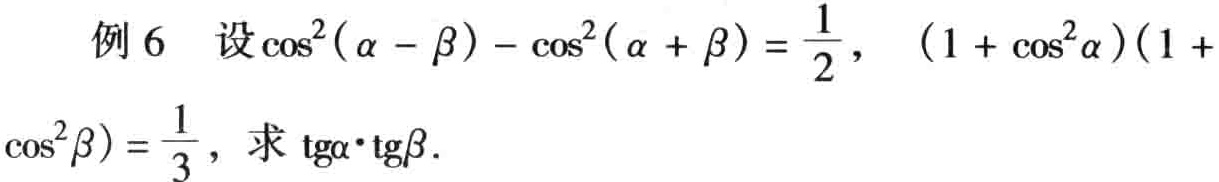
例6 设\(\cos^{2}(\alpha - \beta)-\cos^{2}(\alpha + \beta)=\frac{1}{2}\)，\((1 + \cos^{2}\alpha)(1 + \cos^{2}\beta)=\frac{1}{3}\)，求\(\text{tg}\alpha\cdot\text{tg}\beta\).